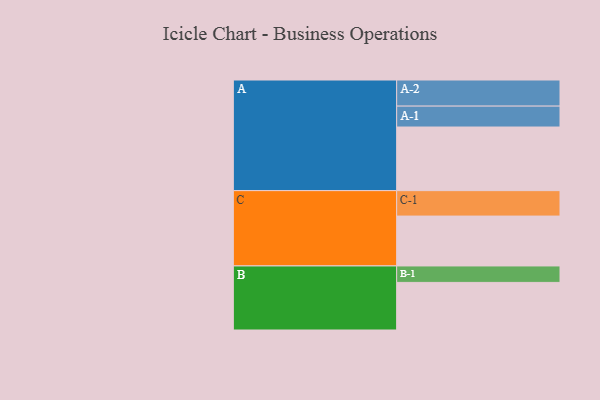
{"axis": {"x": "Segment", "y": "Value"}, "legend": ["", "A", "B", "C"], "data": [{"x": "A", "y": 560, "type": ""}, {"x": "B", "y": 419, "type": ""}, {"x": "C", "y": 439, "type": ""}, {"x": "A-1", "y": 184, "type": "A"}, {"x": "A-2", "y": 230, "type": "A"}, {"x": "B-1", "y": 145, "type": "B"}, {"x": "C-1", "y": 224, "type": "C"}]}